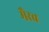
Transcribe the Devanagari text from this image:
मैरव